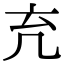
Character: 𠘺